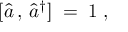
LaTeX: [ { \hat { a } } \, , \, { \hat { a } } ^ { \dagger } ] \; = \; 1 \; ,